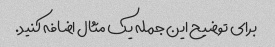
برای توضیح این جمله یک مثال اضافه کنید.